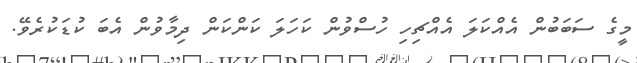
މީގެ ސަބަބުން އެއްކަލަ އެއްޗިހި ހުސްވުން ކަހަލަ ކަންކަން ދިމާވުން އެބަ ކުޑަކުރެވޭ.